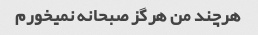
هرچند من هرگز صبحانه نمیخورم